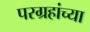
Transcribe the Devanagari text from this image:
परग्रहांच्या